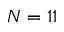
N = 1 1